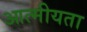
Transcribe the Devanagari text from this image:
आत्‍मीयता